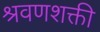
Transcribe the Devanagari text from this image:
श्रवणशक्ती